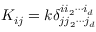
K _ { i j } = k \delta _ { j j _ { 2 } \cdots j _ { d } } ^ { i i _ { 2 } \cdots i _ { d } } \,